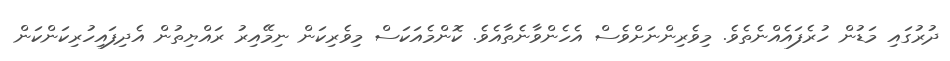
ދުރުގައި މަޑުން ހުރެފައެއްނެތެވެ. މިވެރިންނަށްވެސް އެހެންވާނެތާއެވެ. ކޮންމެއަކަސް މިވެރިކަން ނިމޭއިރު ރައްޔިތުން އެދިފައިހުރިކަންކަން